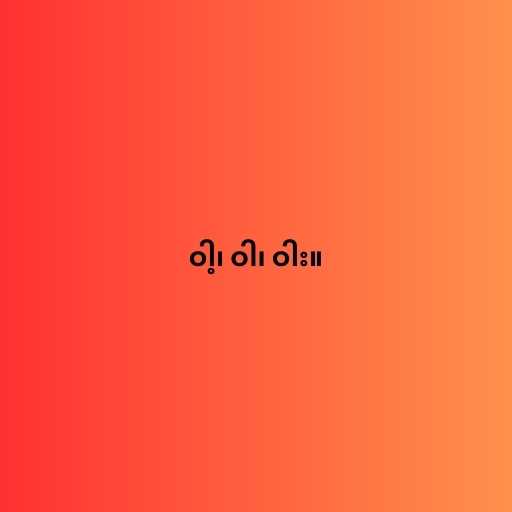
ဝါ့၊ ဝါ၊ ဝါး။